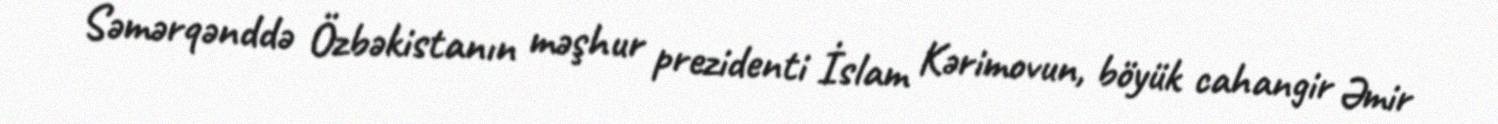
Səmərqənddə Özbəkistanın məşhur prezidenti İslam Kərimovun, böyük cahangir Əmir